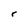
Character: r